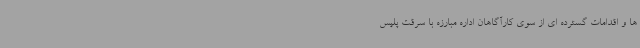
ها و اقدامات گسترده ای از سوی کارآگاهان اداره مبارزه با سرقت پلیس